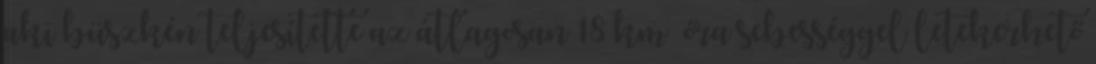
aki büszkén teljesítette az átlagosan 18 km óra sebességgel letekerhető